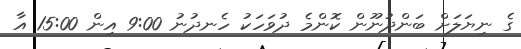
ގެ ނިޔަލަށް ބަންދުނޫން ކޮންމެ ދުވަހަކު ހެނދުނު 9:00 އިން 15:00 އާ